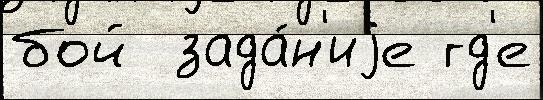
бой  зада́н'иjе гд'е